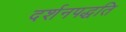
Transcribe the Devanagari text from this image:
दर्शनपद्धति